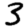
Digit: 3